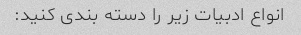
انواع ادبیات زیر را دسته بندی کنید: